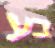
בע